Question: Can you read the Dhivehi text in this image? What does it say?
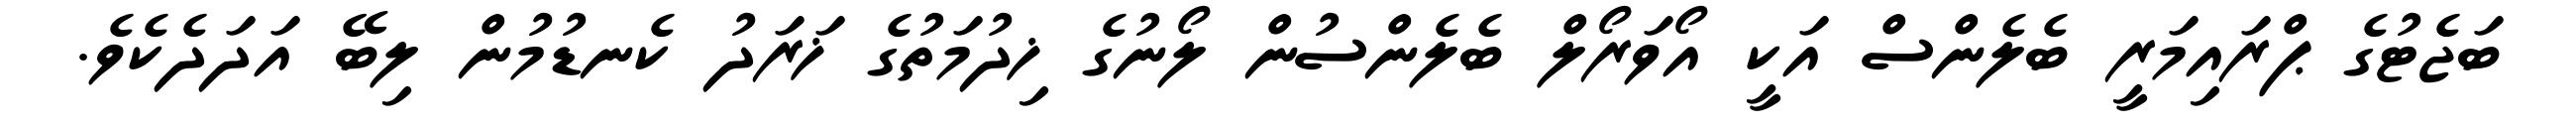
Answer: ބަޖެޓުގެ ޕްރައިމަރީ ބެލެންސް އަކީ އޯވަރޯލް ބެލެންސުން ލޯނުގެ ޚިދުމަތުގެ ޚަރަދު ކެނޑުމުން ލިބޭ އަދަދެކެވެ.